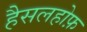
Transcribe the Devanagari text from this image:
हैसलहोफ़